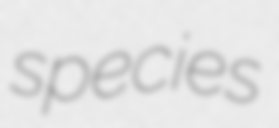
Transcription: species